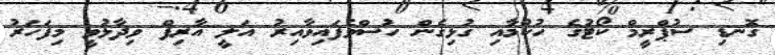
ގޮނޑި ސުޕްރީމް ކޯޓުގެ ހުކުމާއި ގުޅިގެން ހުސްވެފައިވާއިރު އަލީ އާރިފް ވިދާޅުވީ މިފަހަރު